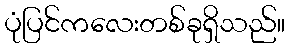
ပုံပြင်ကလေးတစ်ခုရှိသည်။